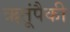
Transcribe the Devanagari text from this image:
ऋतूंपैकी